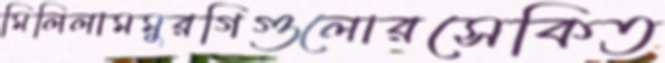
মিলিলামমুরগিগুলোরসেকিত